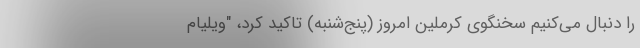
را دنبال می‌کنیم سخنگوی کرملین امروز (پنج‌شنبه) تاکید کرد، "ویلیام